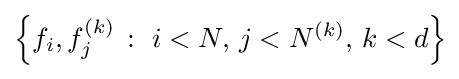
\left\{f_{i},f_{j}^{(k)}\,:\ i<N,\,j<N^{(k)},\,k<d\right\}\!\!\;